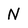
Character: N